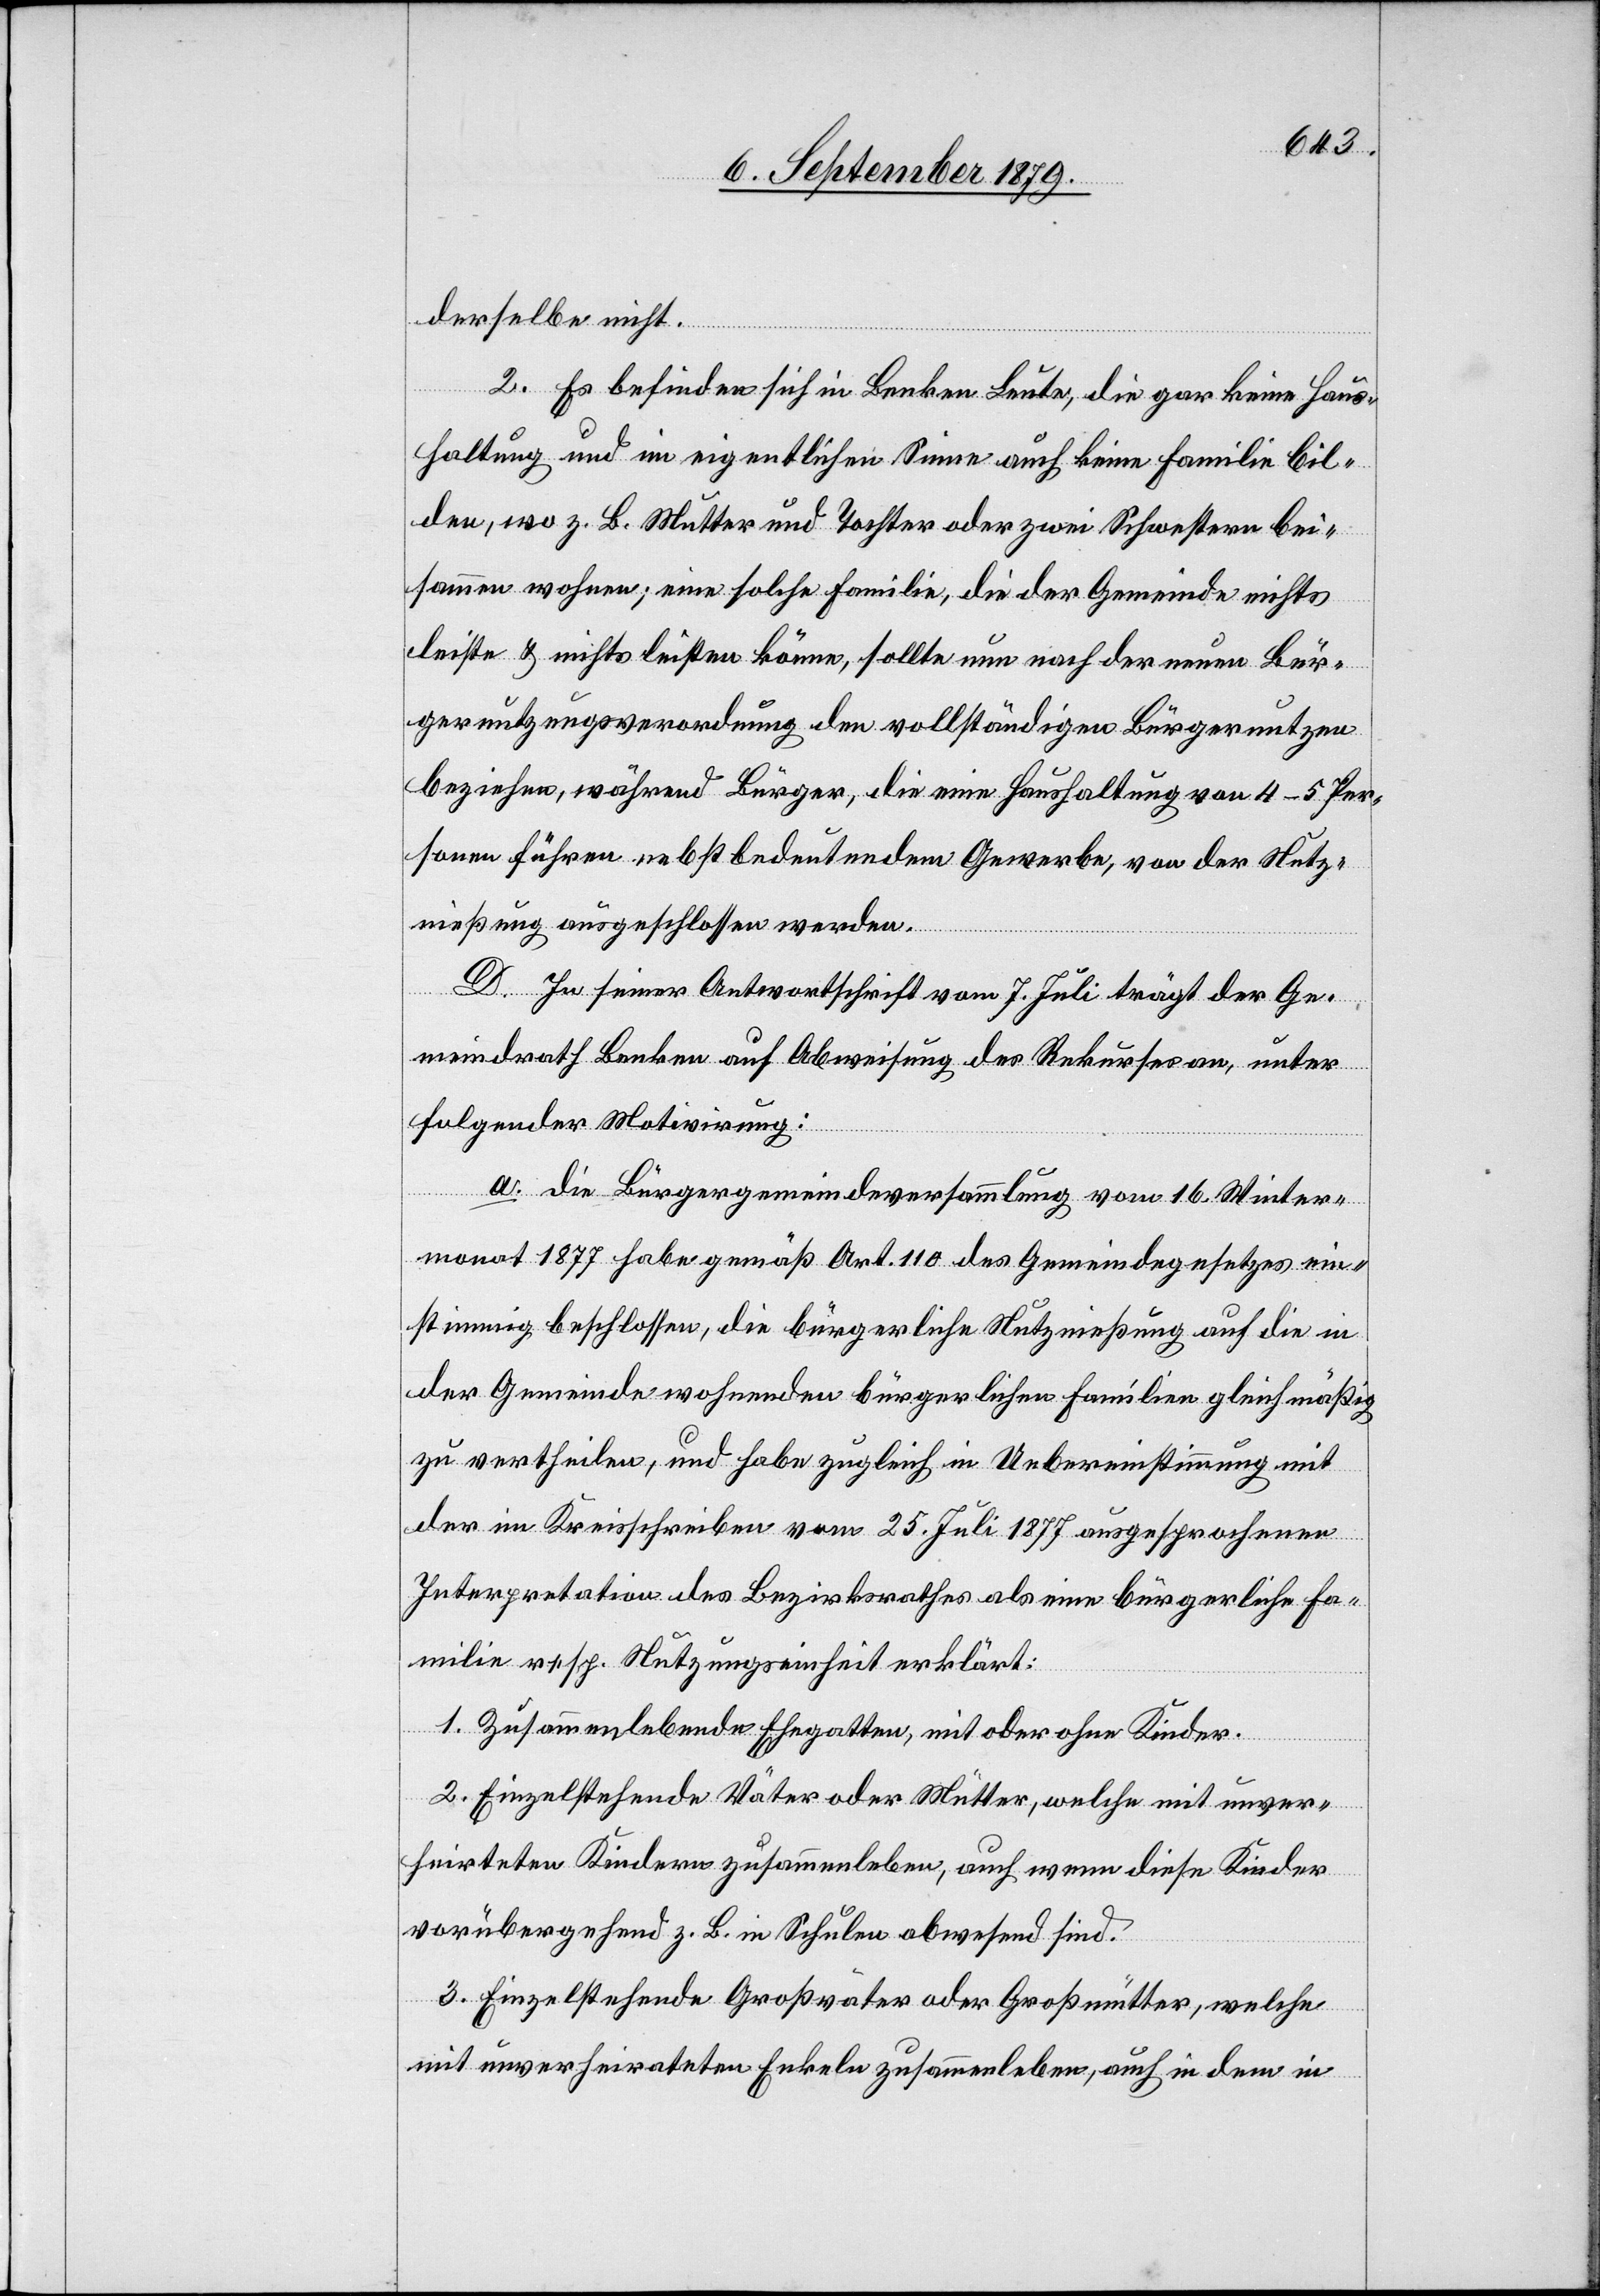
derselbe nicht.
2. Es befinden sich in Benken Leute, die gar keine Haus¬
haltung und im eigentlichen Sinne auch keine Familie bil¬
den, wo z. B. Mutter und Tochter oder zwei Schwestern bei¬
sammen wohnen; eine solche Familie, die der Gemeinde nichts
leiste & nichts leisten könne, sollte nun nach der neuen Bür¬
gernutzungsverordnung den vollständigen Bürgernutzen
beziehen, während Bürger, die eine Haushaltung von 4–5 Per¬
sonen führen nebst bedeutenden Gewerbe, von der Nutz¬
nießung ausgeschlossen werden.
D. In seiner Antwortschrift vom 7. Juli trägt der Ge¬
meindrath Benken auf Abweisung des Rekurses an, unter
folgender Motivirung:
a. die Bürgergemeindeversammlung vom 16. Winter¬
monat 1877 habe gemäß Art. 110 des Gemeindegesetzes ein¬
stimmig beschlossen, die bürgerliche Nutznießung auf die in
der Gemeinde wohnenden bürgerlichen Familien gleichmäßig
zu vertheilen, und habe zugleich in Uebereinstimmung mit
der im Kreisschreiben vom 25. Juli 1877 ausgesprochene
Interpretation des Bezirksrathes als eine bürgerliche Fa¬
milie resp. Nutzungseinheit erklärt:
1. Zusammenlebende Ehegatten, mit oder ohne Kinder.
2. Einzelstehende Väter oder Mütter, welche mit unver¬
heirateten Kindern zusammenleben, auch wenn diese Kinder
vorübergehend z. B. in Schulen abwesend sind.
3. Einzelstehende Großväter oder Großmütter, welche
mit unverheirateten Enkeln zusammenleben, auch in dem in